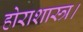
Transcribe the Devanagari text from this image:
होराशास्त्र।